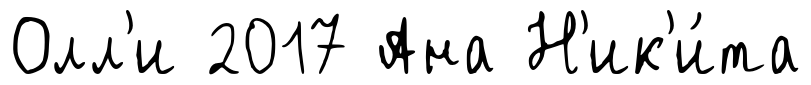
Олл'и 2017 Ана Н'ик'и́та